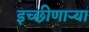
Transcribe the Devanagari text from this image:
इच्छीणाऱ्या